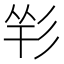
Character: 𢒑